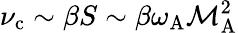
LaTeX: \nu_{\mathrm{c}}\sim\beta S\sim\beta\omega_{\mathrm{A}}\mathcal{M}_{\mathrm{A}}^{2}